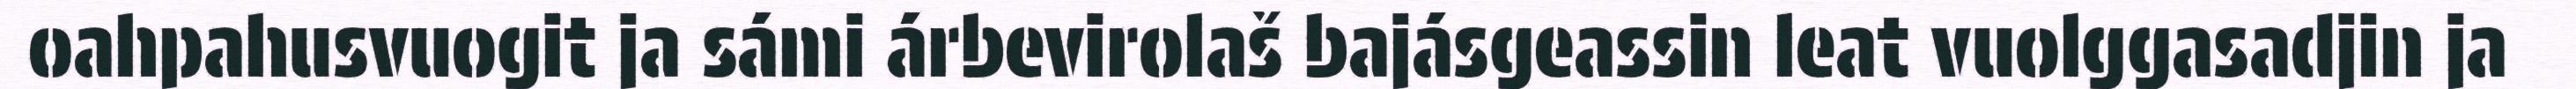
oahpahusvuogit ja sámi árbevirolaš bajásgeassin leat vuolggasadjin ja